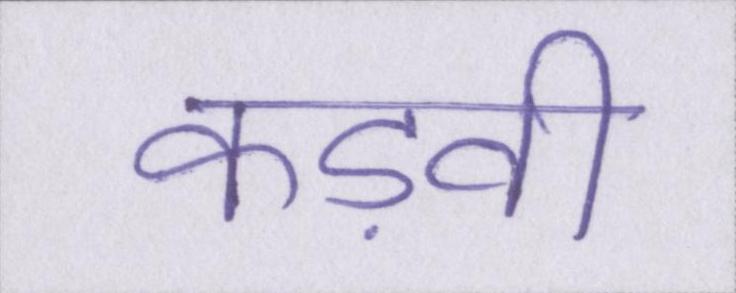
कड़वी